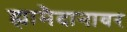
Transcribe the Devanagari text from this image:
ह्यामैदानावर